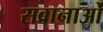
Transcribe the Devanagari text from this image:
सवानाओं